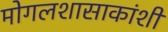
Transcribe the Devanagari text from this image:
मोगलशासाकांशी